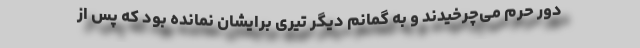
دور حرم می‌چرخیدند و به گمانم دیگر تیری برایشان نمانده بود که پس از